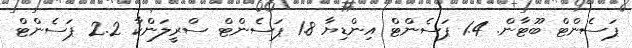
ޕަސެންޓް ބޫޓާން. 1.4 ޕަސެންޓް އިންޑިޔާ 1.8 ޕަސެންޓް ސްރީލަންކާ 2.2 ޕަސެންޓް